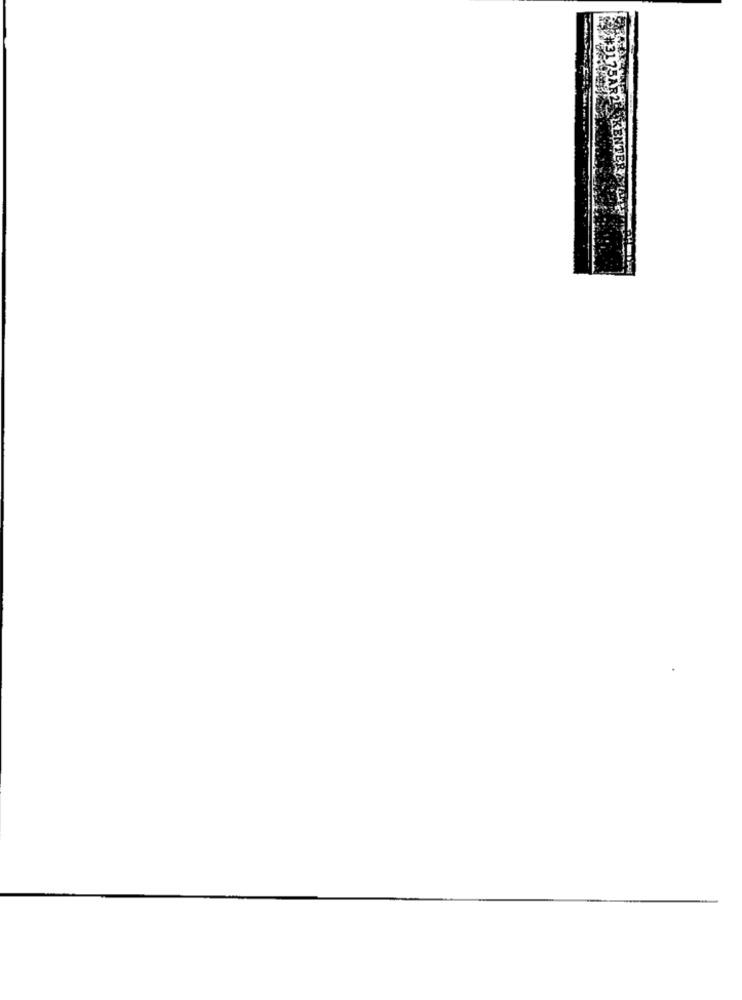
KENTER MILES